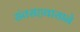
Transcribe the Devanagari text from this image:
संतसहवासाने